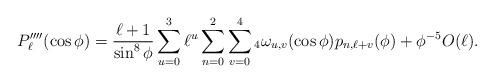
LaTeX: \begin{align*} P''''_\ell(\cos \phi)= \frac{\ell+1}{\sin^8 \phi} \sum_{u=0}^3 \ell^u \sum_{n=0}^2 \sum_{v=0}^4{_4}\omega_{u,v}(\cos \phi) p_{n,\ell+v}(\phi) +\phi^{-5} O(\ell).\end{align*}